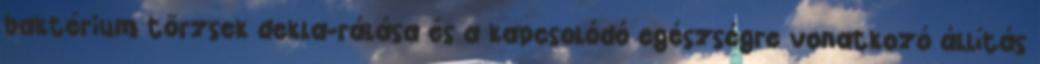
baktérium törzsek dekla-rálása és a kapcsolódó egészségre vonatkozó állítás